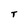
Character: T